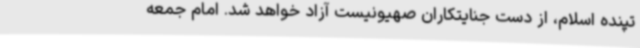
تپنده اسلام، از دست جنایتکاران صهیونیست آزاد خواهد شد. امام جمعه